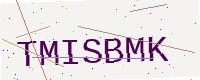
Text: TMISBMK